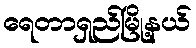
ရေတာရှည်မြို့နယ်